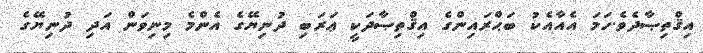
އިޤްތިޞާދެވެ.ހަމަ އެއާއެކު ބަޙްރައިންގެ އިޤްތިޞާދަކީ ޢަރަބި ދުނިޔޭގެ އެންމެ މިނިވަން އަދި ދުނިޔޭގެ